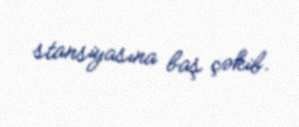
stansiyasına baş çəkib.